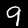
Label: 9